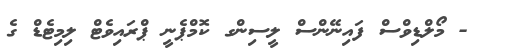
- މޯލްޑިވްސް ފައިނޭންސް ލީސިންގ ކޮމްޕެނީ ޕްރައިވެޓް ލިމިޓެޑް ގެ